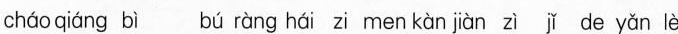
cháo qiáng bì bú ràng hái zi men kàn jiàn zì jǐ de yǎn lèi